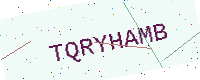
Text: TQRYHAMB